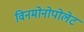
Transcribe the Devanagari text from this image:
विनमोनोपोलेट